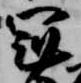
冠